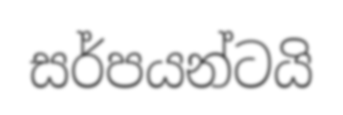
සර්පයන්ටයි